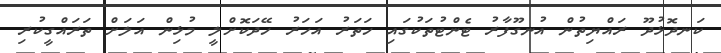
ކަނދޮޅުދޫ ރައްޔިތުން އުނގޫފާރު ޓެންޓުތަކުގައި ހަތަރު އަހަރު ހޭދަކޮށްލީ މުޅިން އަލަށް ތަރައްގީކުރި